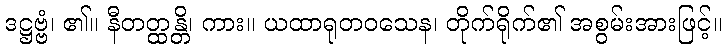
ဒဋ္ဌဗ္ဗံ၊ ၏။ နီတတ္ထန္တိ၊ ကား။ ယထာရုတဝသေန၊ တိုက်ရိုက်၏ အစွမ်းအားဖြင့်။